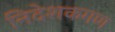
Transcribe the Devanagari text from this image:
निदेशकगण